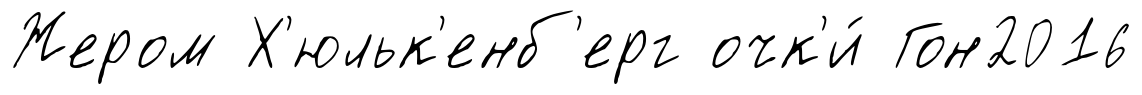
Жером Х'юльк'енб'ерг очк'и́ Гон2016